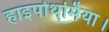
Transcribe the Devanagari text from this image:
हाइपोथर्मिया।